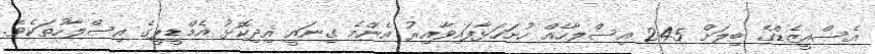
އެސްއީޒެޑްގެ ބިލަށް 245 އިސްލާހެއް ހުށަހަޅާފައިވާއިރު އެންމެ ގިނައީ އިދިކޮޅު އެމްޑީޕީގެ އިސްލާހުތަކެވެ.